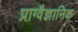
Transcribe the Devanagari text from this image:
प्राग्वैज्ञानिक